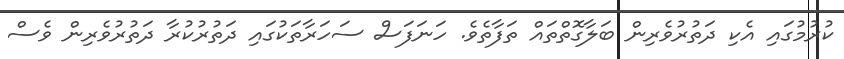
ކުރުމުގައި އެކި ދަތުރުވެރިން ބަލާގޮތްތައް ތަފާތެވެ. ހަނަފަސް ސަހަރާތަކުގައި ދަތުރުކުރާ ދަތުރުވެރިން ވެސް